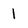
Character: 1